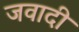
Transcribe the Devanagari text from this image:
जवादी